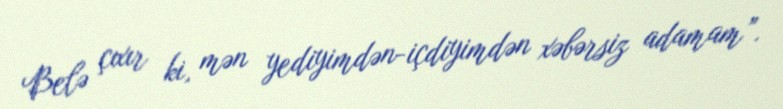
Belə çıxır ki, mən yediyimdən-içdiyimdən xəbərsiz adamam”.